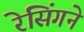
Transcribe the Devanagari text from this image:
रेसिंगने